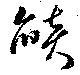
燄